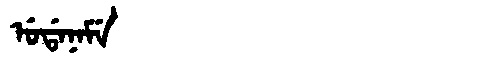
Manchu: ᡠᡩᠠᠨᠠᠮᡝ
Romanization: UDANAME